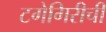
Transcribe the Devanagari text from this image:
टगेगिरीची